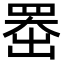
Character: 𫥨